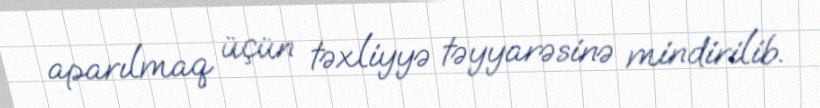
aparılmaq üçün təxliyyə təyyarəsinə mindirilib.